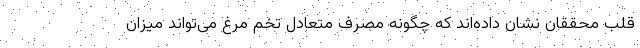
قلب محققان نشان داده‌اند که چگونه مصرف متعادل تخم مرغ می‌تواند میزان